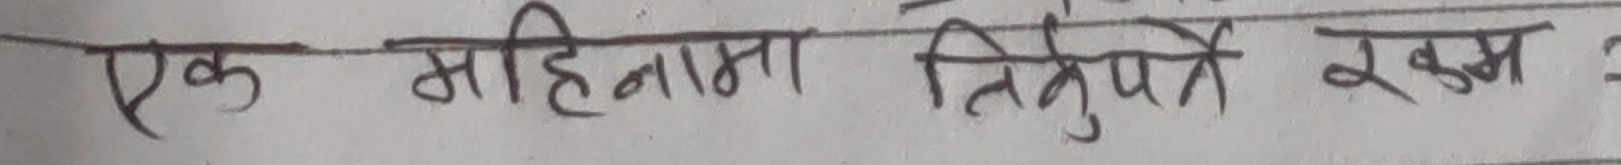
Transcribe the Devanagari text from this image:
एक महिनामा तिगुणे रकम ?